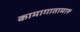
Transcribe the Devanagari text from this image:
कामागातामारू